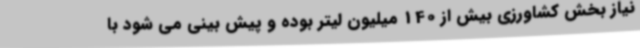
نیاز بخش کشاورزی بیش از 140 میلیون لیتر بوده و پیش بینی می شود با